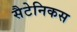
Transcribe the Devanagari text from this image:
सैटेनिकस